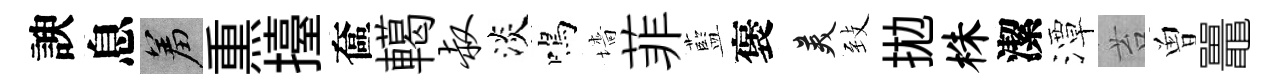
諛息羞𤋱擡奩轕叔淡鳴墻菲藍褒美𦤺拋株潔潭苔曽鼉